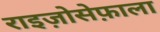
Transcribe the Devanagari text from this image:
राइज़ोसेफ़ाला